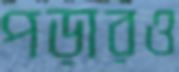
পড়ারও